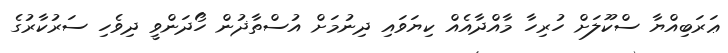
ޢަރަބިއްޔާ ސްކޫލަށް ހުރިހާ މާއްދާއެއް ކިޔަވައި ދިނުމަށް އުސްތާޛުން ހޯދަންވީ ދިވެހި ސަރުކާރުގެ